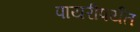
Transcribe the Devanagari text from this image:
पायरीपर्यंत